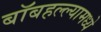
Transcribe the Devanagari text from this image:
बॉबहल्ल्यामध्ये